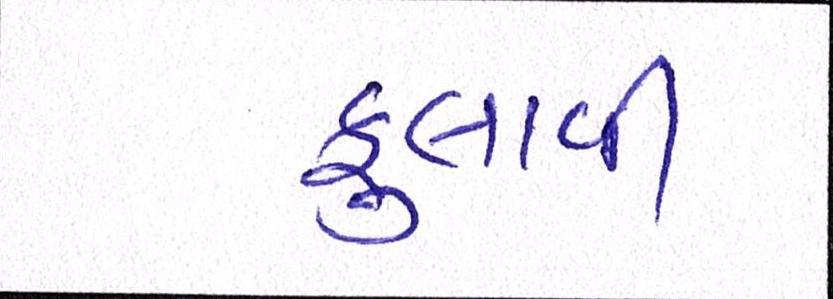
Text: ફુલાવી